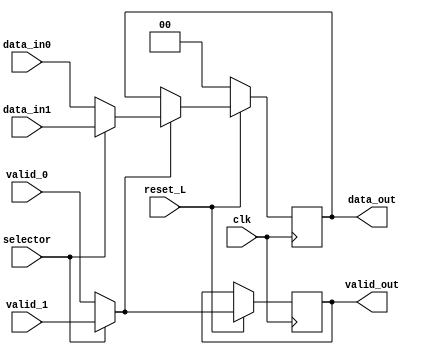
module mux2x1(

	input clk,
	input reset_L,
	input selector,
	input [1:0] data_in0,
	input [1:0] data_in1,
	input valid_0, valid_1,
	output reg valid_out,
	output reg [1:0] data_out);
	
	reg [1:0] mout;
	reg validOutMux;
	
	always @(*) 
	begin
		if (selector == 0) begin
			mout = data_in0;
			validOutMux = valid_0;
		end	
		else begin
			mout = data_in1;
			validOutMux = valid_1;
		end	
	end
	
	always @(posedge clk) 
	begin
		if (reset_L == 0) begin
			data_out <= 0;
		end
		else begin
			if (validOutMux) begin
				data_out <= mout;
				valid_out <= validOutMux;
			end
			else begin
				data_out <= data_out;
				valid_out <= validOutMux;
			end
		end 
	end				
endmodule

module mux2x14b(

	input clk,
	input reset_L,
	input selector,
	input [3:0] data_in0,
	input [3:0] data_in1,
	input valid_0, valid_1,
	output valid_out,
	output [3:0] data_out);

	wire validX;

	mux2x1 mux0 (/*AUTOINST*/
		     // Outputs
		     .valid_out		(validX),
		     .data_out		(data_out[3:2]),
		     // Inputs
		     .clk		    (clk),
		     .reset_L		(reset_L),
		     .selector		(selector),
		     .data_in0		(data_in0[3:2]),
		     .data_in1		(data_in1[3:2]),
		     .valid_0		(valid_0),
		     .valid_1		(valid_1));
	mux2x1 mux1 (/*AUTOINST*/
		     // Outputs
		     .valid_out		(valid_out),
		     .data_out		(data_out[1:0]),
		     // Inputs
		     .clk		    (clk),
		     .reset_L		(reset_L),
		     .selector		(selector),
		     .data_in0		(data_in0[1:0]),
		     .data_in1		(data_in1[1:0]),
		     .valid_0		(valid_0),
		     .valid_1		(valid_1));
endmodule